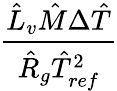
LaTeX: \frac{\hat{L}_{v}\hat{M}\Delta\hat{T}}{\hat{R}_{g}\hat{T}_{ref}^{2}}